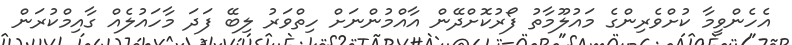
އެހެންވީމާ ކުށްވެރިންގެ މައުލޫމާތު ފޯރުކޮށްދޭން އާއްމުންނަށް ހިތްވަރު ލިބޭ ފަދަ މާހައުލެއް ގާއިމްކުރަން